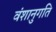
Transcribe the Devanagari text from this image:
वंशानुगति